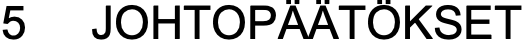
5  JOHTOPÄÄTÖKSET